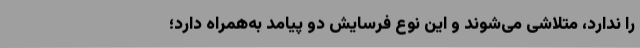
را ندارد، متلاشی می‌شوند و این نوع فرسایش دو پیامد به‌همراه دارد؛